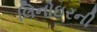
લિનોઇરની